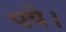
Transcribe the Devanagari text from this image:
पये।